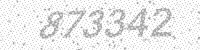
Solution: 873342